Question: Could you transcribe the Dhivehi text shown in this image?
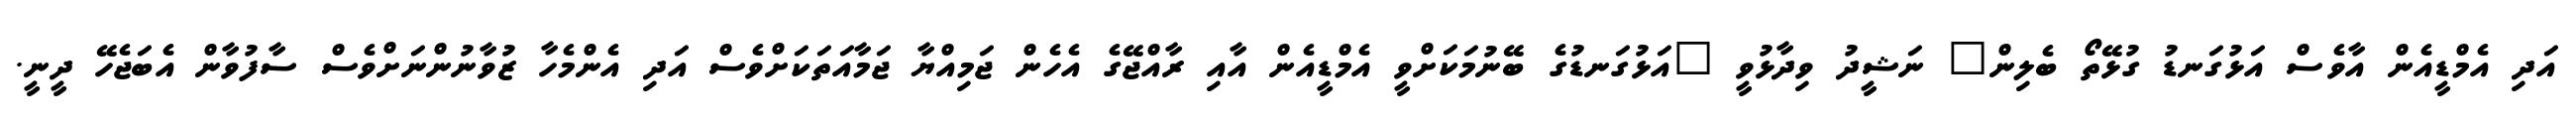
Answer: އަދި އެމްޑީއެން އާވެސް އަޅުގަނޑު ގުޅޭތޯ ބެލިން" ނަޝީދު ވިދާޅުވީ "އަޅުގަނޑުގެ ބޭނުމަކަށްވީ އެމްޑީއެން އާއި ރާއްޖޭގެ އެހެން ޖަމިއްޔާ ޖަމާއަތަކަށްވެސް އަދި އެންމެހާ ޒުވާނުންނަށްވެސް ސާފުވާން އެބަޖެހޭ ދީނީ.